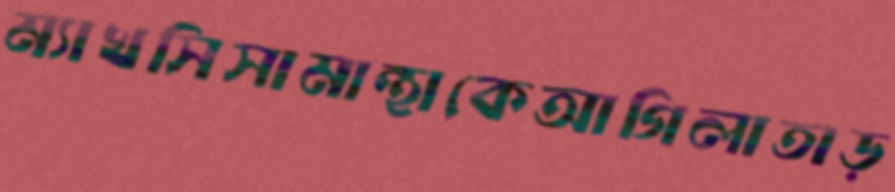
ম্যাখসিসামান্থাকেআগিলাতাড়